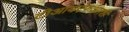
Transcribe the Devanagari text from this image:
टीआयएफआरशी